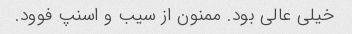
خیلی عالی بود. ممنون از سیب و اسنپ فوود.